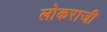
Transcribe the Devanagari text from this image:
लोकराजी